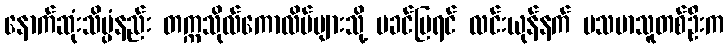
နောက်ဆုံးသိပ္ပံနည်း တက္ကသိုလ်ကောလိပ်များသို့ မခင်မြရင် လင်းယုန်နက် မသမာသူတစ်ဦးက